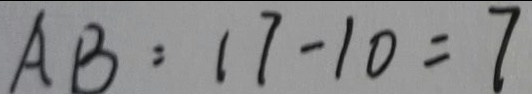
A B = 1 7 - 1 0 = 7